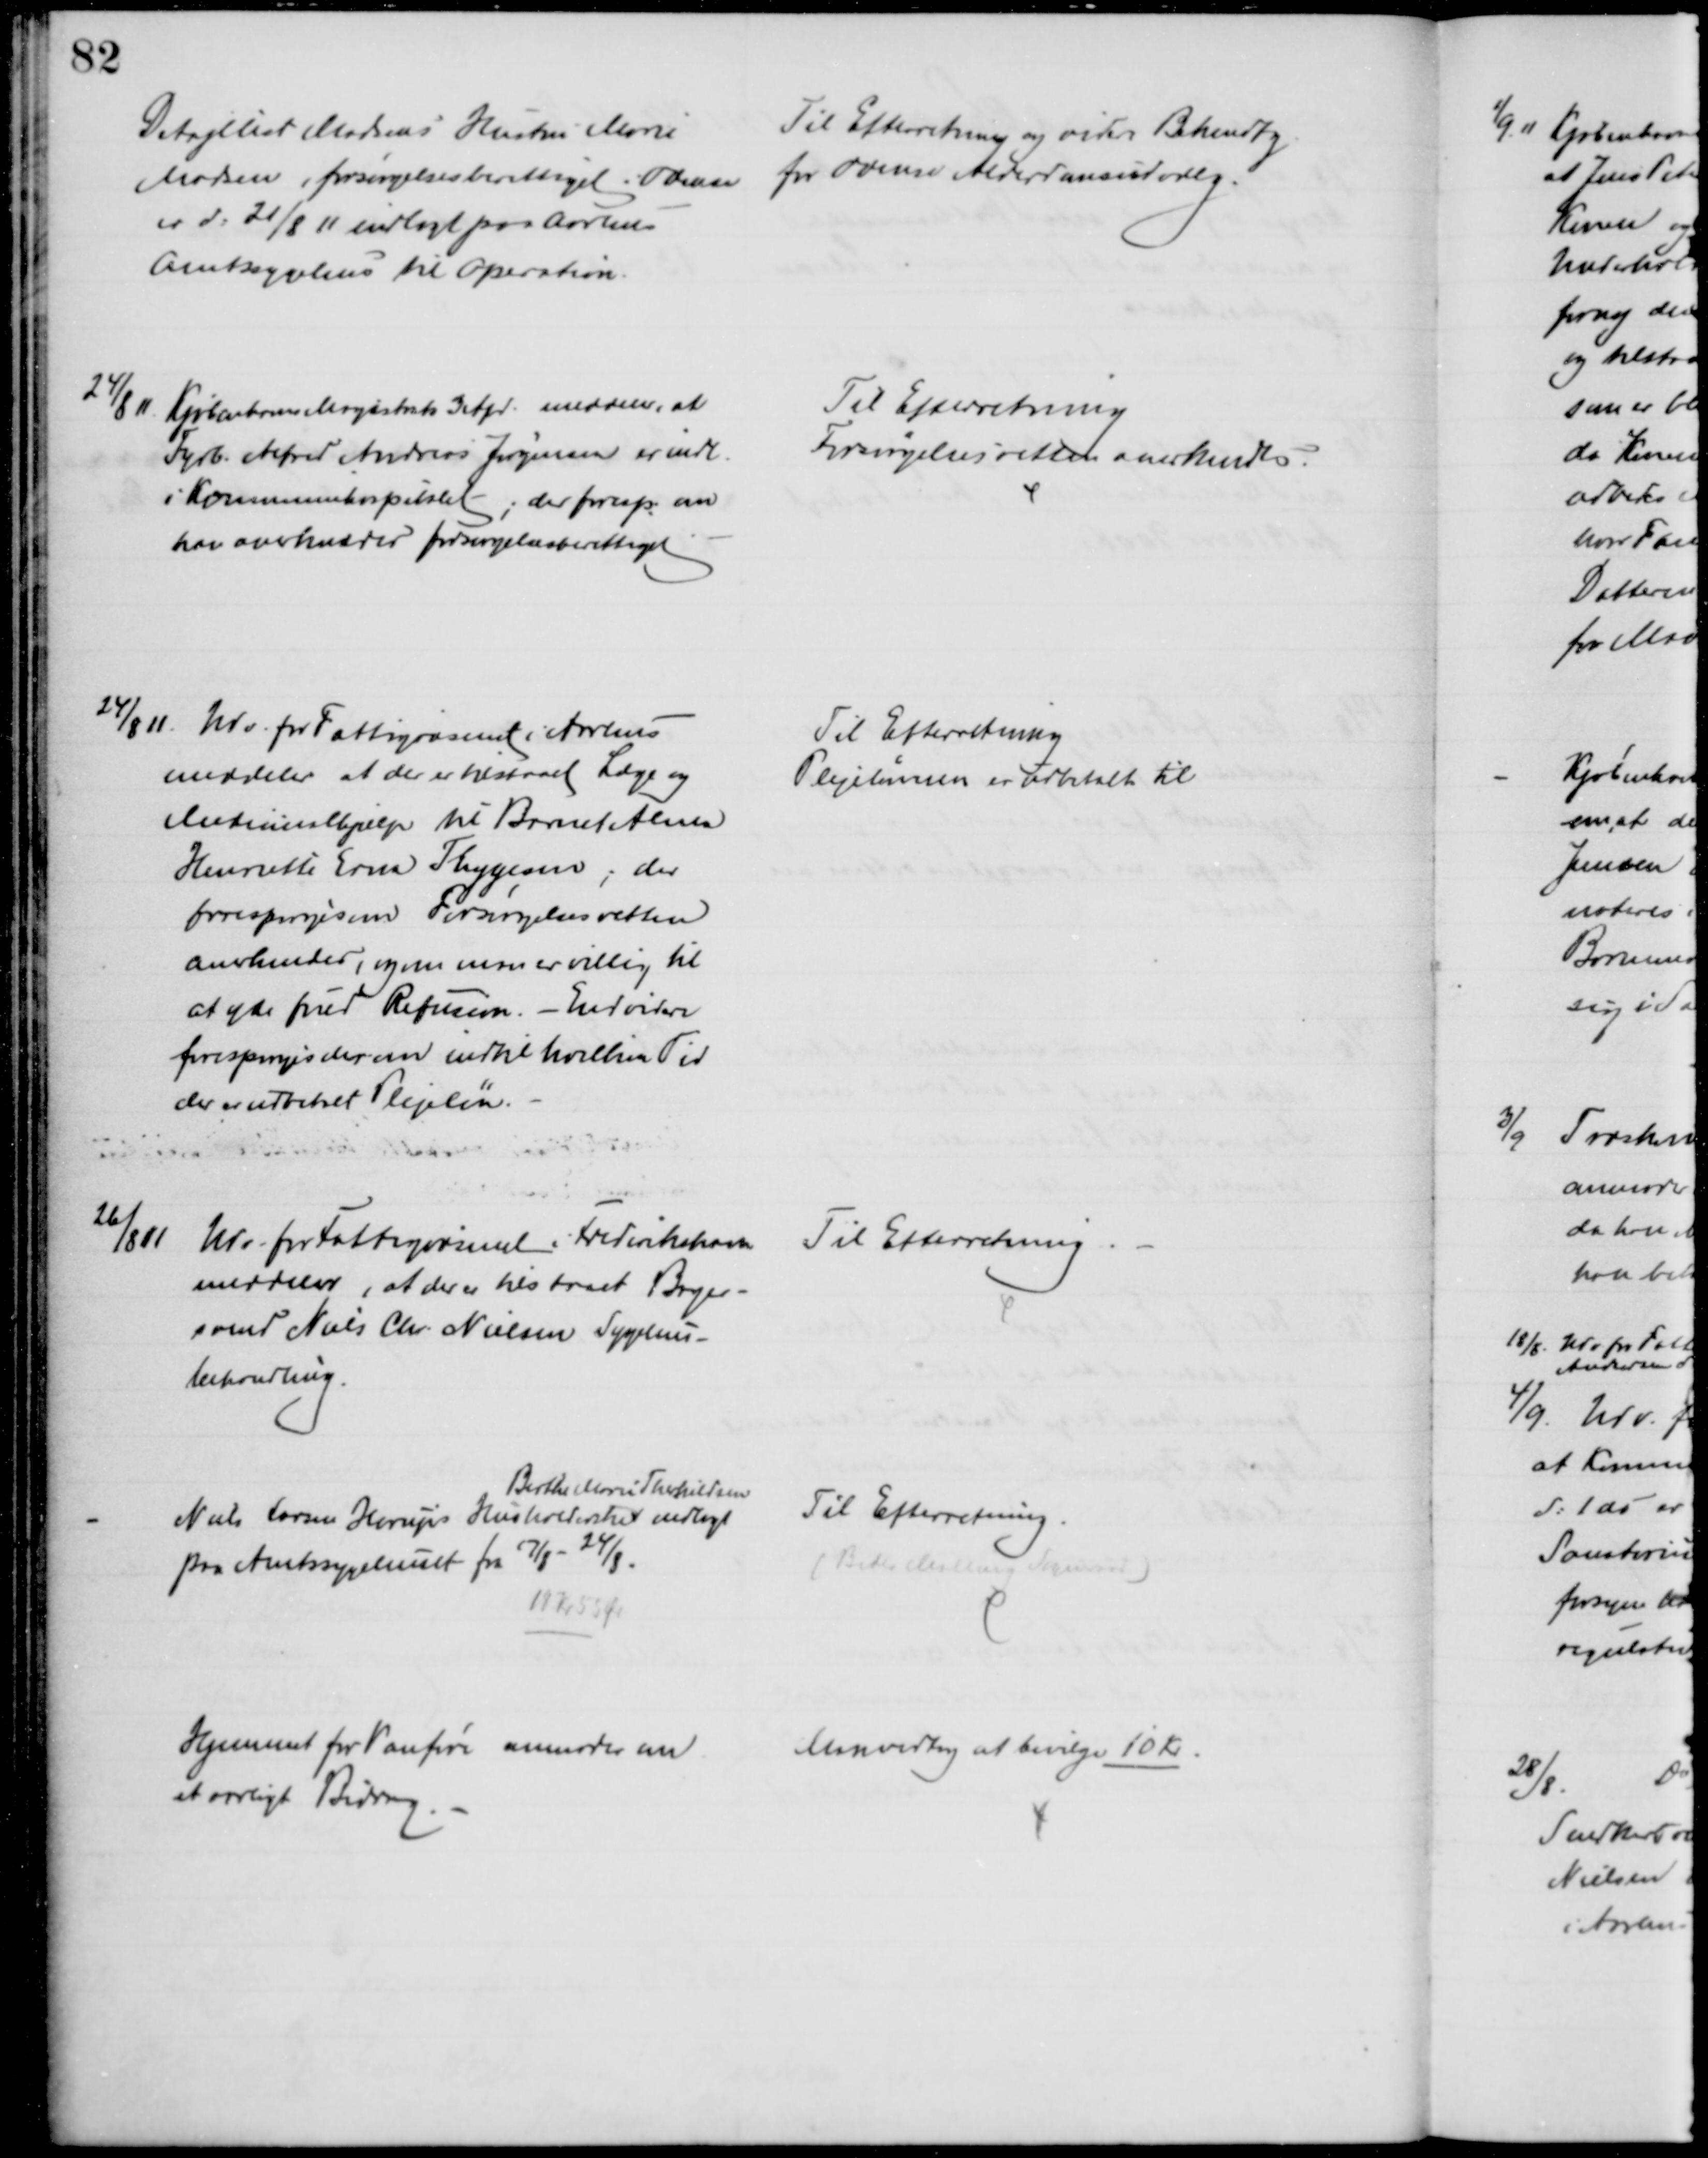
Transskription:
Detajllist Madsens Hustru Marie
Madsen, forsørgelsesberettiget i Odense
er d: 21/8 11 indlagt paa Aarhus 
Amtssygehus til Operation.
Til Efterretning og videre Bekendtg
for Odense Alderdomsudvalg.
24/8 11.
Kjøbenhavns Magistrats 3 Afd. meddeler, at
Fyrb. Alfred Andreas Jørgensen er indl.
i Kommunehospitalet; der foresp. om
han anerkendes forsørgelsesberettiget
Til Efterretning
Forsørgelsesretten anerkendes.
4/8 11. Udv. for Fattigvæsenet i Aarhus
meddeler at der er tilstaaet Læge og
Medicinalhjælp til Barnet Alma
Henriette Erna Thygesen, der
forespørges om Forsørgelsesretten
anerkendes, og om man er villig til 
at yde fuld Refusion. - Endvidere
forespørges der om indtil hvilken Tid
der er udbetalt Plejeløn.
Til Efterretning
Plejelønnen er udbetalt til
26/8 11
Udv. for Fattigvæsenet i Frederikshavn
meddeler, at der er tilstaaet Bager-
svend Niels Chr. Nielsen Sygehus-
behandling.
Til Efterretning
Niels Larsen Horups Husholderske 
Birthe Marie Therkildsen
indlagt
paa Amtssygehuset fra 17/8 - 24/8.
18 Kr 53 Ør
Til Efterretning.
(Beder Malling Sogneraad)
Hjemmet for Vanføre anmoder om
et aarligt Bidrag.
Man vedtog at bevilge 10 Kr.